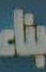
بناء